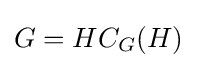
G=HC_{G}(H)